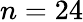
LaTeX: n=24